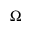
\Omega